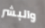
والبشر